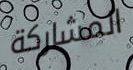
المشاركة